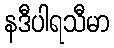
နဒီပါရသီမာ